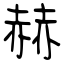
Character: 赫